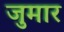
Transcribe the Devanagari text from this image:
जुमार